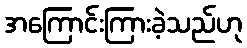
အကြောင်းကြားခဲ့သည်ဟု